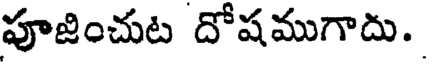
పూజించుట దోషముగాదు.